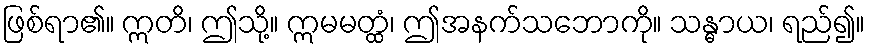
ဖြစ်ရာ၏။ ဣတိ၊ ဤသို့။ ဣမမတ္ထံ၊ ဤအနက်သဘောကို။ သန္ဓာယ၊ ရည်၍။